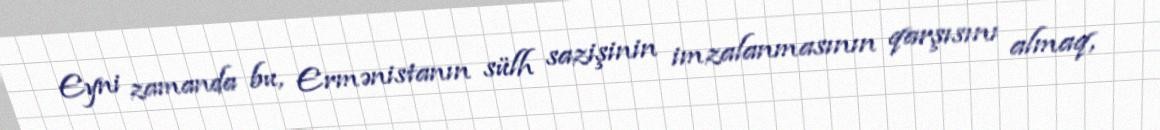
Eyni zamanda bu, Ermənistanın sülh sazişinin imzalanmasının qarşısını almaq,